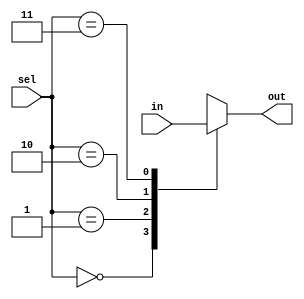
`timescale 1ns / 1ps
//////////////////////////////////////////////////////////////////////////////////
// Company: 
// Engineer: 
// 
// Design Name: 
// Module Name: Mux4x1
// Project Name: 
// Target Devices: 
// Tool Versions: 
// Description: 
// 
// Dependencies: 
// 
// Revision:
// Revision 0.01 - File Created
// Additional Comments:
// 
//////////////////////////////////////////////////////////////////////////////////


module Mux4x1
    (
        output reg [7:0] out,
        input [31:0] in,
        input [1:0] sel
    );
    always @(*) 
    begin
        case (sel)
            0:out=in[31:24];
            1:out=in[23:16];
            2:out=in[15:8];
            3:out=in[7:0]; 
            default: out=8'b0;
        endcase    
    end
endmodule